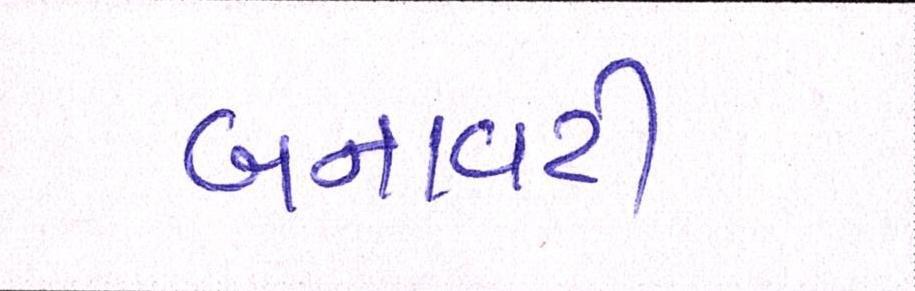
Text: બનાવટી